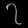
Digit: ၇